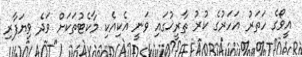
އީވޯގެ ހަތަރު އަހަރުގެ ކުރު ތާރީޚުގައި ވަނީ އެކިއެކި މާކެޓުތަކަށް ވަދެ ވިޔަފާރި